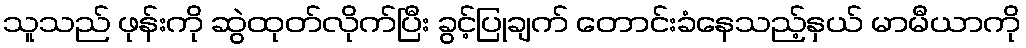
သူသည် ဖုန်းကို ဆွဲထုတ်လိုက်ပြီး ခွင့်ပြုချက် တောင်းခံနေသည့်နှယ် မာမီယာကို